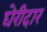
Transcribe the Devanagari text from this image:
घेरीदार